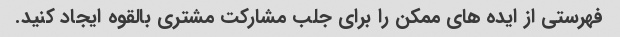
فهرستی از ایده های ممکن را برای جلب مشارکت مشتری بالقوه ایجاد کنید.